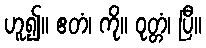
ဟူ၍။ ဧတံ၊ ကို။ ဝုတ္တံ၊ ပြီ။